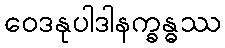
ဝေဒနုပါဒါနက္ခန္ဓဿ